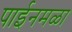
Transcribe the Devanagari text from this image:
पाईनमळा